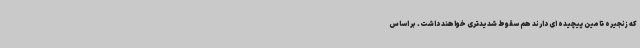
که زنجیره تامین پیچیده ای دارند هم سقوط شدیدتری خواهند داشت. بر اساس